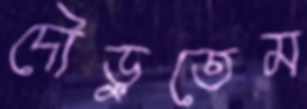
দৌড়ুতেম